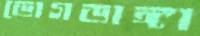
ভোগডাঙ্গা